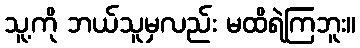
သူ့ကို ဘယ်သူမှလည်း မထိရဲကြဘူး။